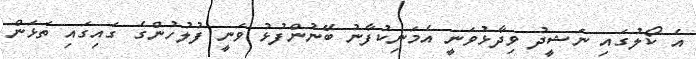
އެ ކޯލުގައި ނަޝީދު ވިދާޅުވަނީ އެމަނިކުފާނު ބޭނުންފުޅު ވަނީ ފުލުހުންގެ ގައިގައި ތަޅަން